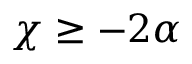
\chi \geq - 2 \alpha